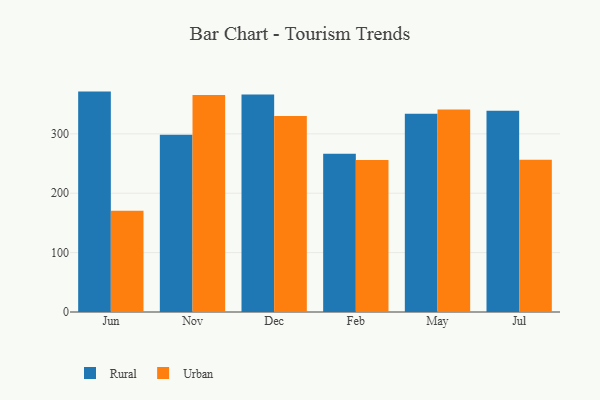
{"axis": {"x": "Month", "y": "Market Share (%)"}, "legend": ["Rural", "Urban"], "data": [{"x": "Jun", "y": 371.1, "type": "Rural"}, {"x": "Jun", "y": 170.6, "type": "Urban"}, {"x": "Nov", "y": 298.3, "type": "Rural"}, {"x": "Nov", "y": 365.3, "type": "Urban"}, {"x": "Dec", "y": 366.1, "type": "Rural"}, {"x": "Dec", "y": 329.9, "type": "Urban"}, {"x": "Feb", "y": 266.5, "type": "Rural"}, {"x": "Feb", "y": 256.1, "type": "Urban"}, {"x": "May", "y": 333.6, "type": "Rural"}, {"x": "May", "y": 341.0, "type": "Urban"}, {"x": "Jul", "y": 339.0, "type": "Rural"}, {"x": "Jul", "y": 256.2, "type": "Urban"}]}